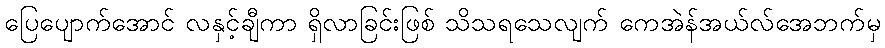
ပြေပျောက်အောင် လနှင့်ချီကာ ရှိလာခြင်းဖြစ် သိသရသေလျက် ကေအဲန်အယ်လ်အေဘက်မှ